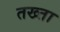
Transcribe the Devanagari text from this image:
तख्‍ता